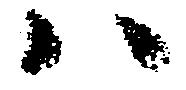
ハ